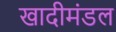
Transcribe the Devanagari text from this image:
खादीमंडल